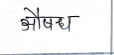
मजकूर: औषध